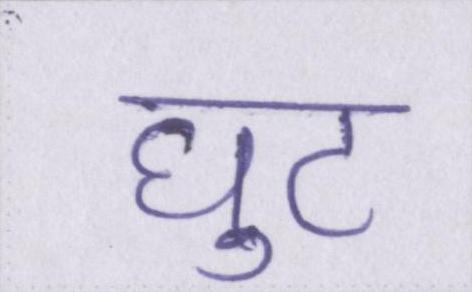
घुट